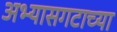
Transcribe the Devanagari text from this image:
अभ्यासगटाच्या